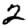
Digit: 2